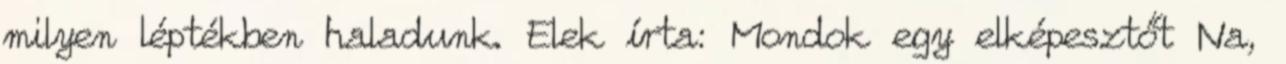
milyen léptékben haladunk. Elek írta: Mondok egy elképesztőt Na,